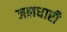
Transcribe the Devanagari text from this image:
जलधारी